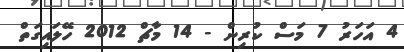
4 އަހަރު 7 މަސް ކުރިން - 14 މާޗް 2012 ހޭލައިގަތް